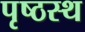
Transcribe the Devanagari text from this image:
पृष्ठस्थ